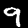
Label: 9